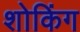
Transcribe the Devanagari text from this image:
शोकिंग